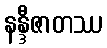
နန္ဒီဇာတဿ